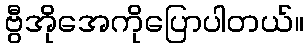
ဗွီအိုအေကိုပြောပါတယ်။